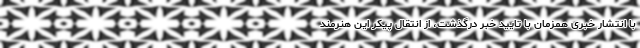
با انتشار خبری همزمان با تایید خبر درگذشت، از انتقال پیکر این هنرمند